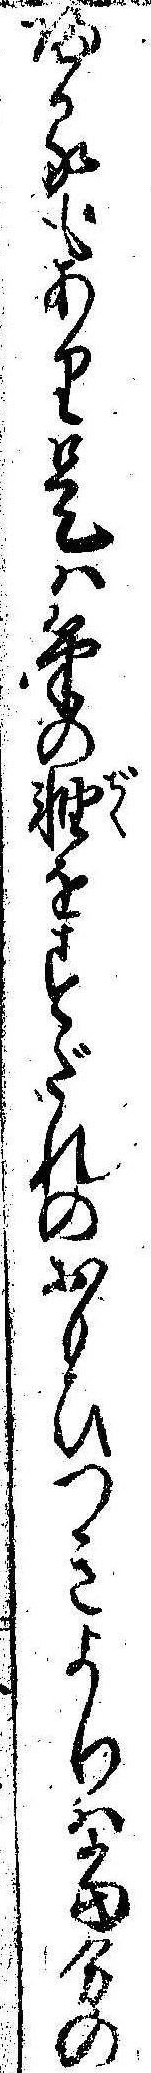
帰るもあり是は筆の軸をすだれのおもひつきよりは当分の